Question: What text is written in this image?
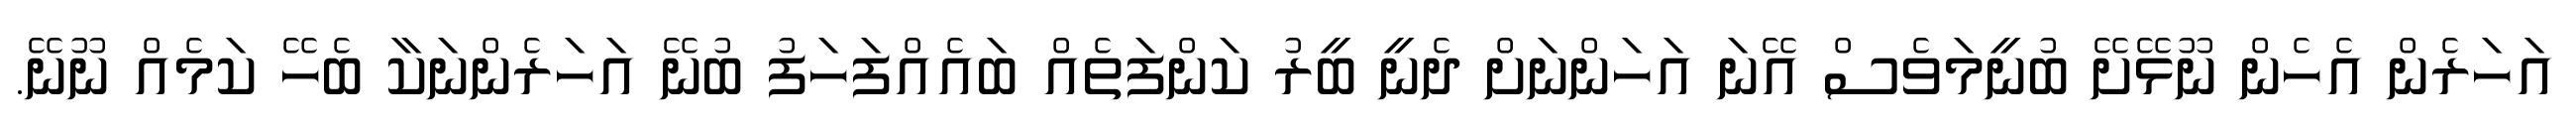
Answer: އަހަރެން އެހެން ނޫޅޭށޭ ބުނީމަވެސް އޭނަ އަހަންނަށް ދެނީ ބީރު ކަންފަތެއް ބައެއްފަހަފު ބުނޭ އަހަރެންނަކާ ބެހޭ ކަމެއް ނޫނޭ.